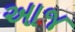
આજ